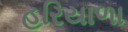
હરિયાળા